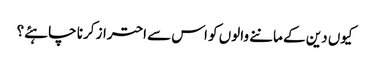
کیوں دین کے ماننے والوں کو اس سے احتراز کرنا چاہئے؟